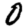
Digit: 0